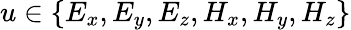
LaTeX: u\in\{ E_{x},E_{y},E_{z},H_{x},H_{y},H_{z}\}